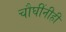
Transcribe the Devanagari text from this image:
चौघींनीही